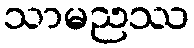
သာမညဿ